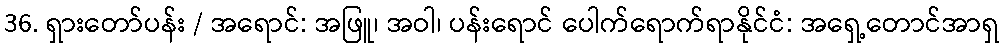
36. ရှားတော်ပန်း / အရောင်: အဖြူ၊ အဝါ၊ ပန်းရောင် ပေါက်ရောက်ရာနိုင်ငံ: အရှေ့တောင်အာရှ